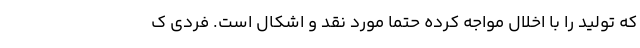
که تولید را با اخلال مواجه کرده حتما مورد نقد و اشکال است. فردی ک